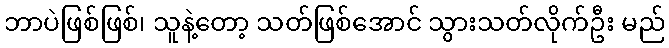
ဘာပဲဖြစ်ဖြစ်၊ သူနဲ့တော့ သတ်ဖြစ်အောင် သွားသတ်လိုက်ဦး မည်